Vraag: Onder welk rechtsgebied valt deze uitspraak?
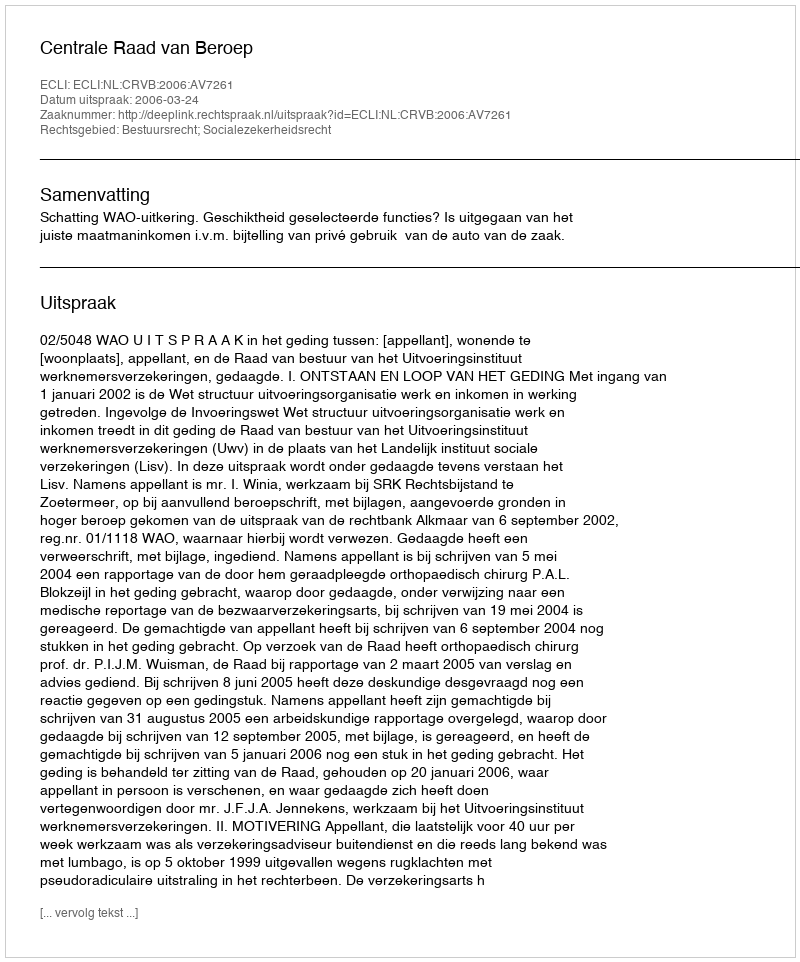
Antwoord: Bestuursrecht; Socialezekerheidsrecht